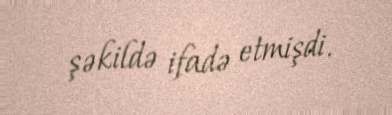
şəkildə ifadə etmişdi.